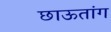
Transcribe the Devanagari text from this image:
छाऊतांग